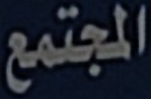
المجتمع